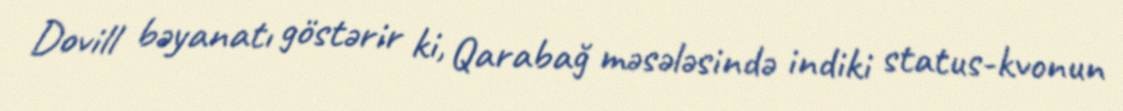
Dovill bəyanatı göstərir ki, Qarabağ məsələsində indiki status-kvonun